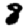
Digit: 8